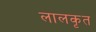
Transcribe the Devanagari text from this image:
लालकृत